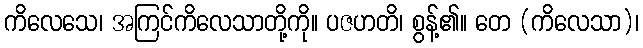
ကိလေသေ၊ အကြင်ကိလေသာတို့ကို။ ပဇဟတိ၊ စွန့်၏။ တေ (ကိလေသာ)၊